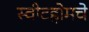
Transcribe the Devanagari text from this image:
स्वीटहोमचे